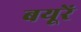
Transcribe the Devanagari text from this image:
बयूरें